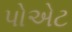
પોએટ